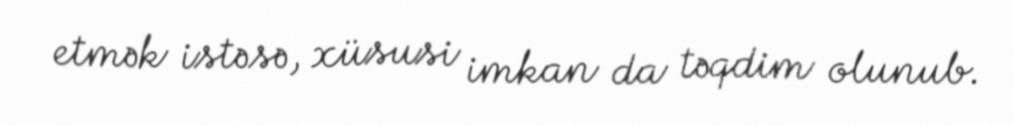
etmək istəsə, xüsusi imkan da təqdim olunub.